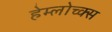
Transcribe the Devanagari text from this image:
हेम्लोच्क्स